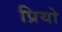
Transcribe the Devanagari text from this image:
प्रियो